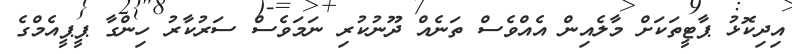
އިދިކޮޅު ޕާޓީތަކަށް މާލެއިން އެއްވެސް ތަނެއް ދޫނުކުރި ނަމަވެސް ސަރުކާރު ހިންގާ ޕީޕީއެމްގެ